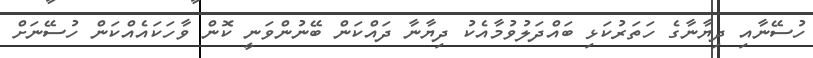
ހުސޭނާއި ދިޔާނާގެ ހަތަރުކަޅި ބައްދަލުވުމާއެކު ދިޔާނާ ދައްކަން ބޭނުންވަނީ ކޮން ވާހަކައެއްކަން ހުސޭނަށް